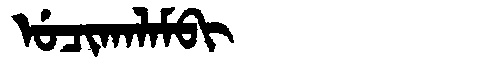
Manchu: ᡠᠴᡳᡴᠠᠯᠠᠮᠪᡳ
Romanization: UCIKALAMBI